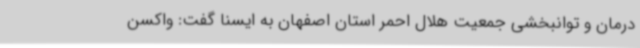
درمان و توانبخشی جمعیت هلال احمر استان اصفهان به ایسنا گفت: واکسن